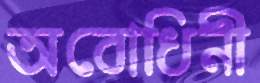
অবোধিনী